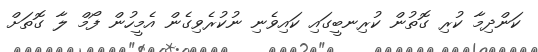
ކަންދިމާ ކުރި ގޮތުން ކުރިނބީގައި ކައިވެނި ނުކުރެވިގެން އެމީހުން ފޯމް ލާ ގޮތަށް